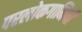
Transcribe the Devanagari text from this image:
परलोकगामिनी